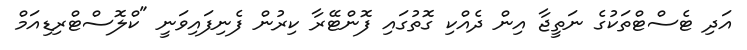
އަދި ޓެސްޓްތަކުގެ ނަތީޖާ އިން ދެއްކި ގޮތުގައި ފޮންޓޭރާ ކިރުން ފެނިފައިވަނީ "ކްލޮސްޓްރިޑިއަމް